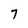
Character: 7